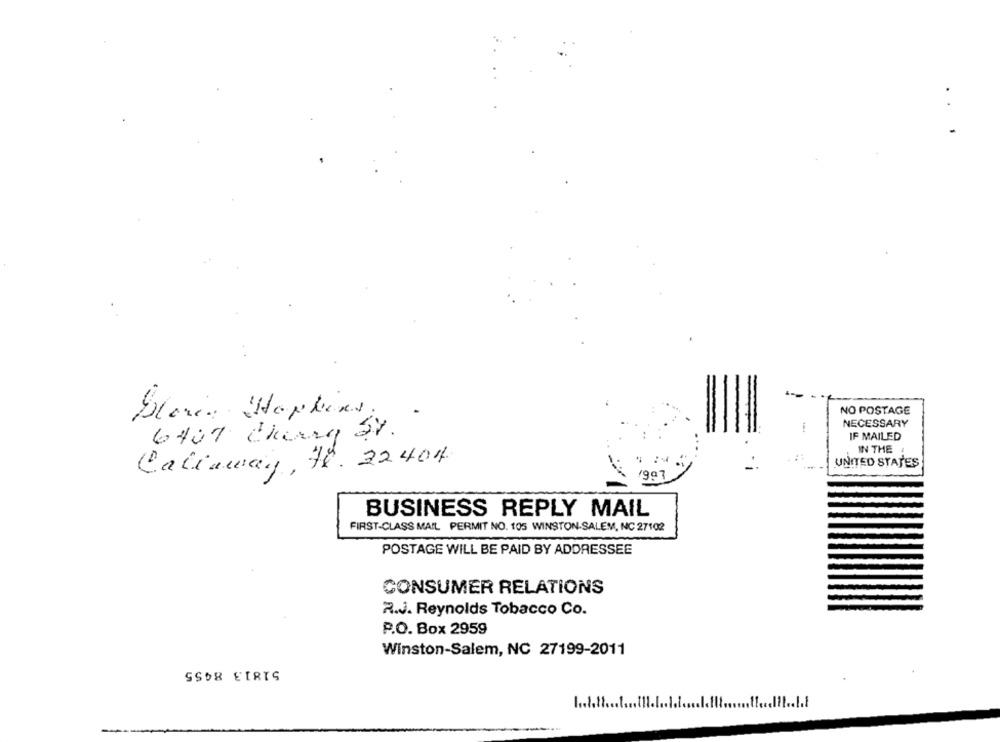
...
-
NO POSTAGE
Sloven Happens;
NECESSARY
6407 Cherry St.
IF MAILED
IN THE
Callaway, 78. 22404.
UNITED STATES
1997
BUSINESS REPLY MAIL
FIRST-CLASS MAIL PERMIT NO. 105 WINSTON-SALEM, NC 27102
POSTAGE WILL BE PAID BY ADDRESSEE
CONSUMER RELATIONS
2.J. Reynolds Tobacco Co.
P.O. Box 2959
Winston-Salem, NC 27199-2011
SSO8 EIRIS
1 .. 1.11